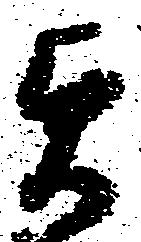
貞